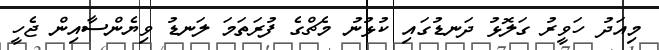
މިއަދު ހަވީރު ގަލޮޅު ދަނޑުގައި ކުޅުނު މެޗްގެ ފުރަތަމަ ލަނޑު ވިޔެންސާއިން ޖެހީ